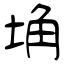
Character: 埆